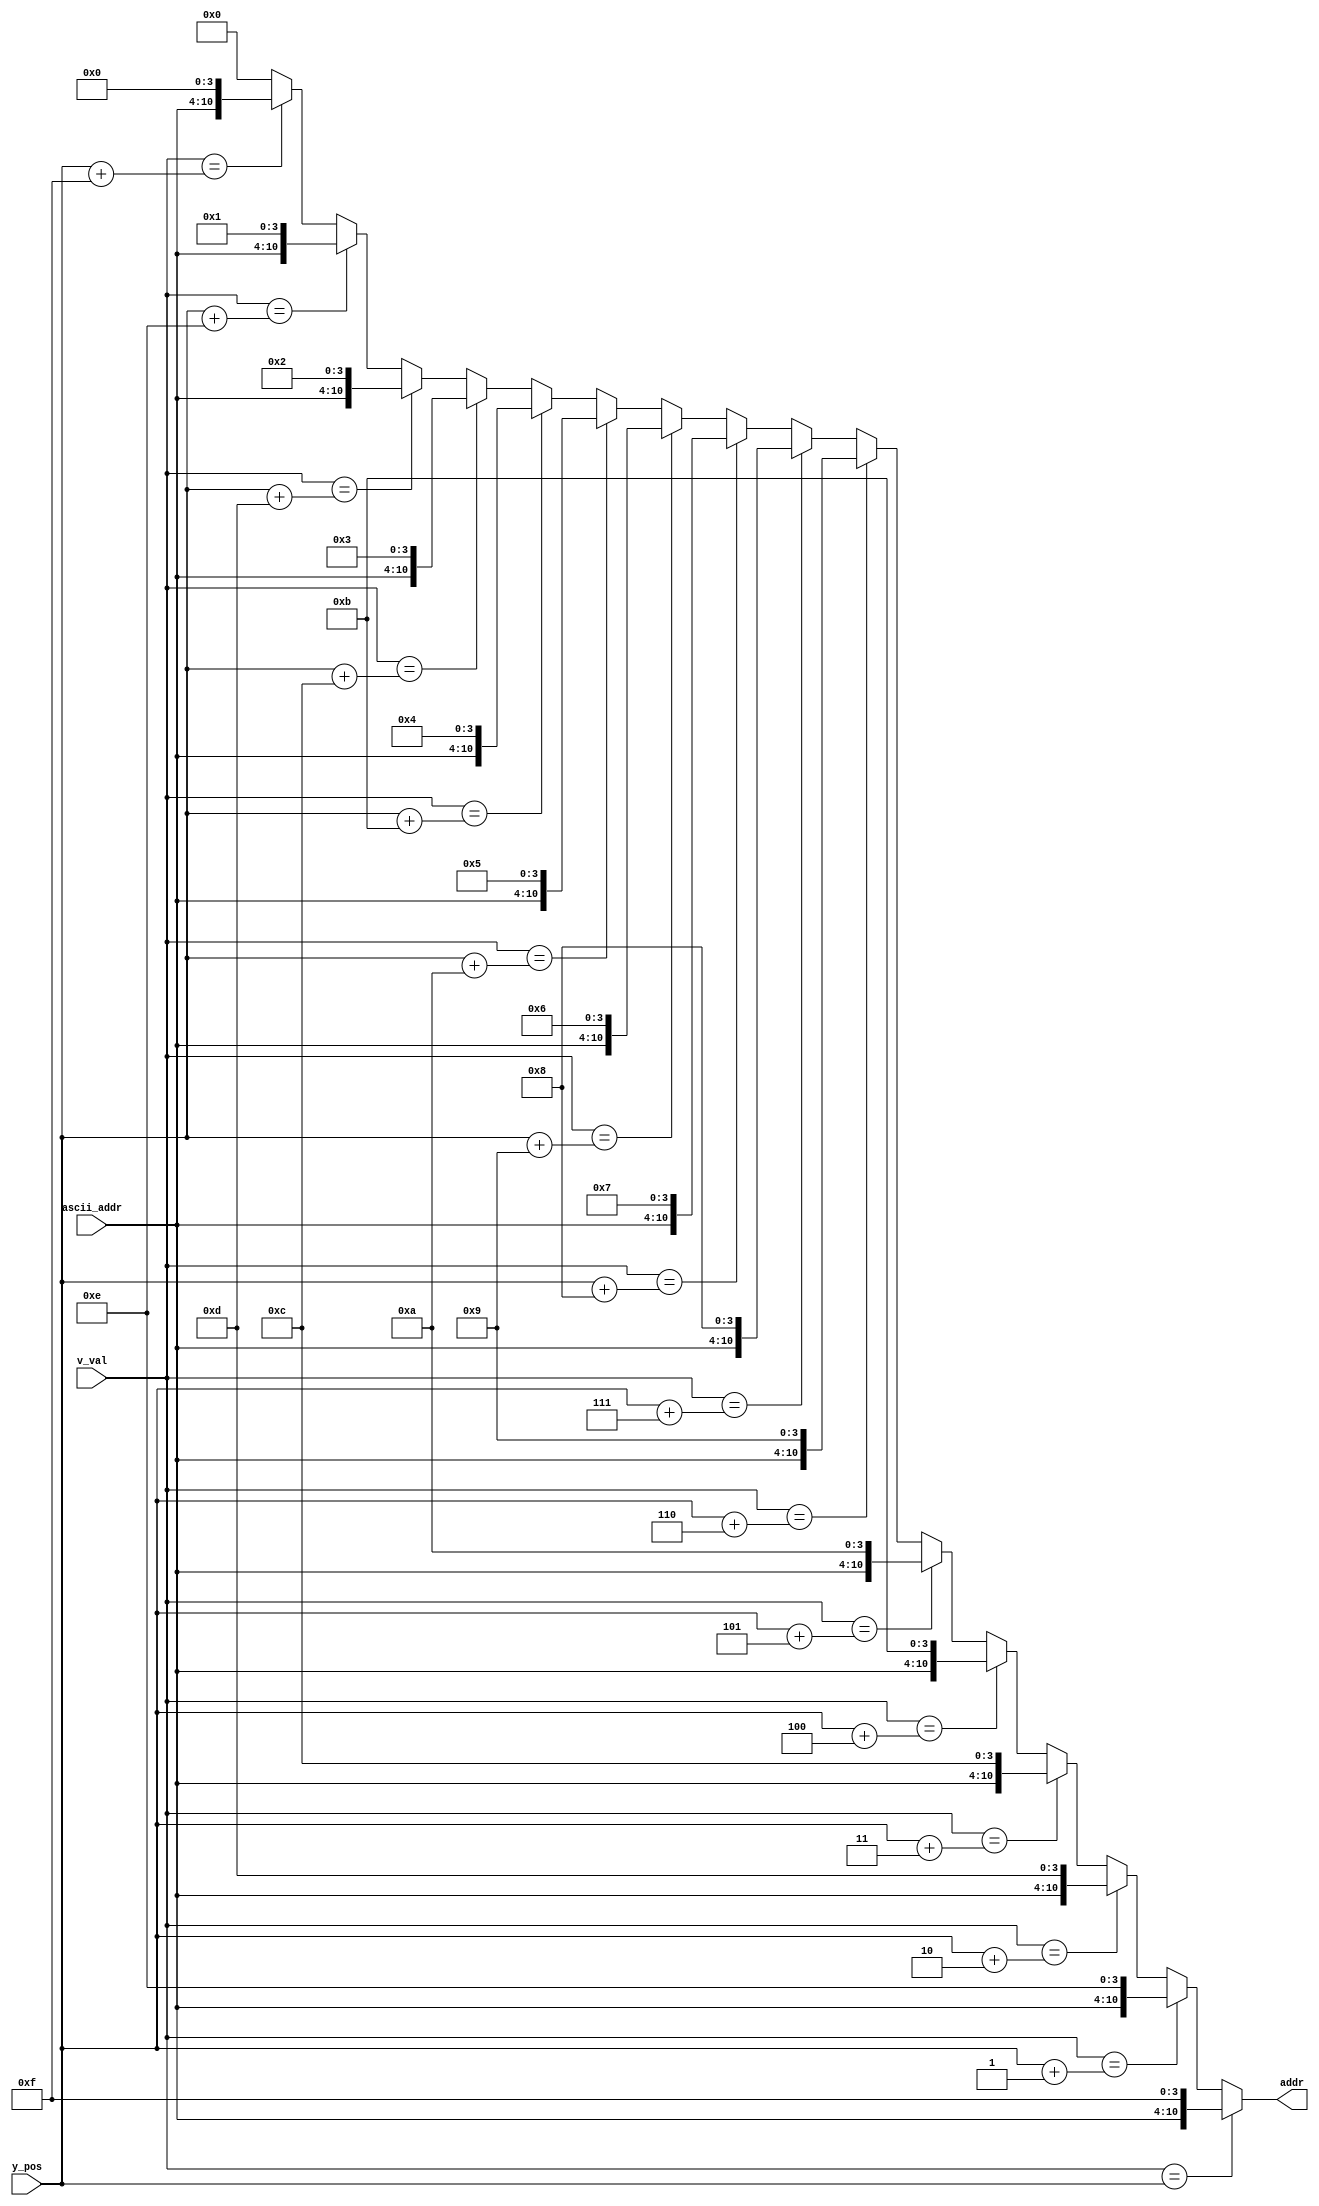
`timescale 1ns / 1ps

/*
	look at y pos, if within box_time, then decrement address
	on each line
*/

module addr_gen_combo
(
	input [9:0] y_pos,
	input [9:0] v_val,
	input [6:0] ascii_addr,  //desired ascii character
	output [10:0] addr  //concantonated ascii character address with counter value 
);

assign addr = (v_val == y_pos) ? {ascii_addr, 4'hF} :
			  (v_val == y_pos + 1 ) ? {ascii_addr, 4'hE} : 
			  (v_val == y_pos + 2 ) ? {ascii_addr, 4'hD} : 
			  (v_val == y_pos + 3 ) ? {ascii_addr, 4'hC} : 
			  (v_val == y_pos + 4 ) ? {ascii_addr, 4'hB} : 
			  (v_val == y_pos + 5 ) ? {ascii_addr, 4'hA} : 
			  (v_val == y_pos + 6 ) ? {ascii_addr, 4'h9} : 
			  (v_val == y_pos + 7 ) ? {ascii_addr, 4'h8} : 
			  (v_val == y_pos + 8 ) ? {ascii_addr, 4'h7} : 
			  (v_val == y_pos + 9 ) ? {ascii_addr, 4'h6} : 
			  (v_val == y_pos + 10) ? {ascii_addr, 4'h5} : 
			  (v_val == y_pos + 11) ? {ascii_addr, 4'h4} : 
			  (v_val == y_pos + 12) ? {ascii_addr, 4'h3} : 
			  (v_val == y_pos + 13) ? {ascii_addr, 4'h2} : 
			  (v_val == y_pos + 14) ? {ascii_addr, 4'h1} : 
			  (v_val == y_pos + 15) ? {ascii_addr, 4'h0} : 11'd0;
endmodule